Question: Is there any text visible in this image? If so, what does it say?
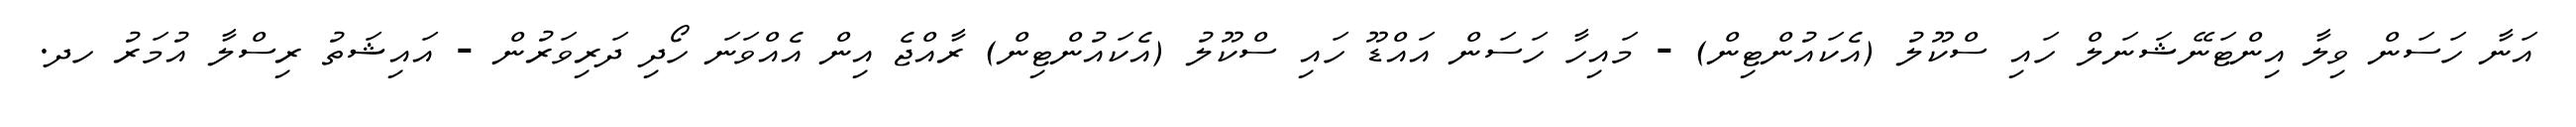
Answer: އަނާ ހަސަން ވިލާ އިންޓަނޭޝަނަލް ހައި ސްކޫލު (އެކައުންޓިން) - މައިހާ ހަސަން އައްޑޫ ހައި ސްކޫލު (އެކައުންޓިން) ރާއްޖެ އިން އެއްވަނަ ހޯދި ދަރިވަރުން - އައިޝަތު ރިސްލާ އުމަރު ހދ.